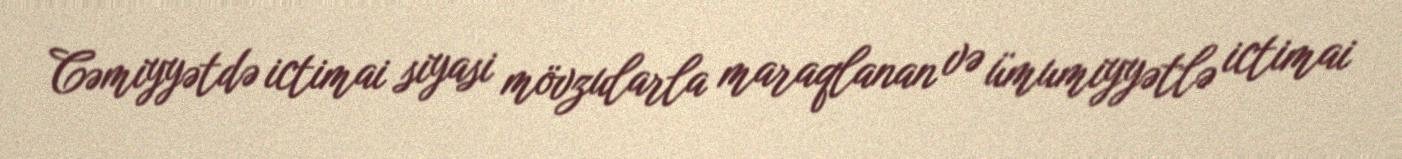
Cəmiyyətdə ictimai siyasi mövzularla maraqlanan və ümumiyyətlə ictimai